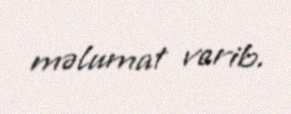
məlumat verib.